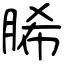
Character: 脪